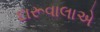
દારૂવાલાએ